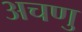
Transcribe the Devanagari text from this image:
अचणु